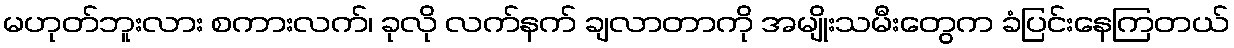
မဟုတ်ဘူးလား စကားလက်၊ ခုလို လက်နက် ချလာတာကို အမျိုးသမီးတွေက ခံပြင်းနေကြတယ်